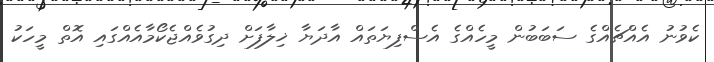
ކެވުނު އެއްޗެއްގެ ސަބަބުން މީހެއްގެ އެސްފިޔަތައް އާދަޔާ ޚިލާފަށް ދިގުވެއްޖެކޯމާއެއްގައި އޮތް މީހަކު